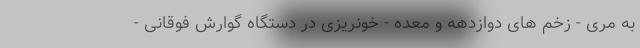
به مری - زخم های دوازدهه و معده - خونریزی در دستگاه گوارش فوقانی -